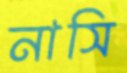
নাসি